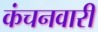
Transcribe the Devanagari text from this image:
कंचनवारी